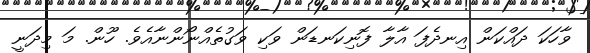
ވާހަކަ ދައްކަން އިނދެފަ އާލާ ފޮނިކަނޑަން ވަކި ވަގުތެއްނޯންނާއެވެ. ހޫން. މަ މިދަނީ